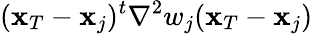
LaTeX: ({\mathbf x}_{T}-{\mathbf x}_{j})^{t}{\nabla}^{2}w_{j}({\mathbf x}_{T}-{\mathbf x}_{j})